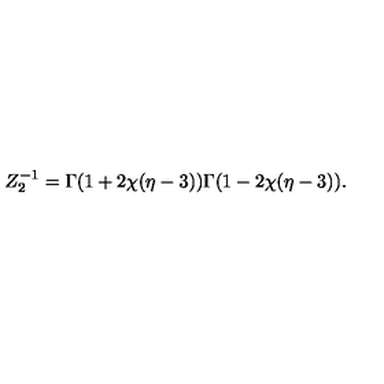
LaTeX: Z _ { 2 } ^ { - 1 } = \Gamma ( 1 + 2 \chi ( \eta - 3 ) ) \Gamma ( 1 - 2 \chi ( \eta - 3 ) ) .